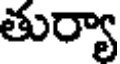
తుర్యా